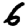
Digit: 6